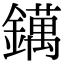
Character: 𨭬